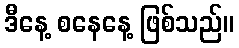
ဒီနေ့ စနေနေ့ ဖြစ်သည်။